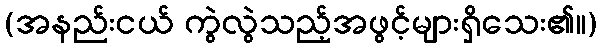
(အနည်းငယ် ကွဲလွဲသည့်အဖွင့်များရှိသေး၏။)